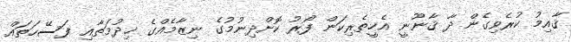
ޤާއިމު ކުރެވިގެން ދާ ޤާނޫނީ އެހީތެރިކަން ފޯރު ކޮށްދިނުމުގެ ނިޒާމެއްގެ ޚިދުމަތާއި ފަސޭހަތައް